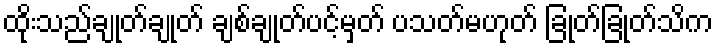
ထိုးသည်ချုတ်ချုတ် ချစ်ချုတ်ပင့်မှတ် ပသတ်မဟုတ် ခြုတ်ခြုတ်သိက